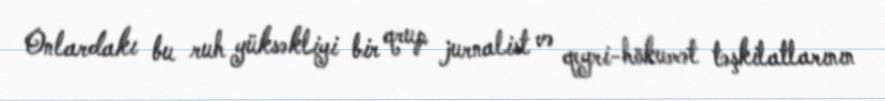
Onlardakı bu ruh yüksəkliyi bir qrup jurnalist və qeyri-hökumət təşkilatlarının